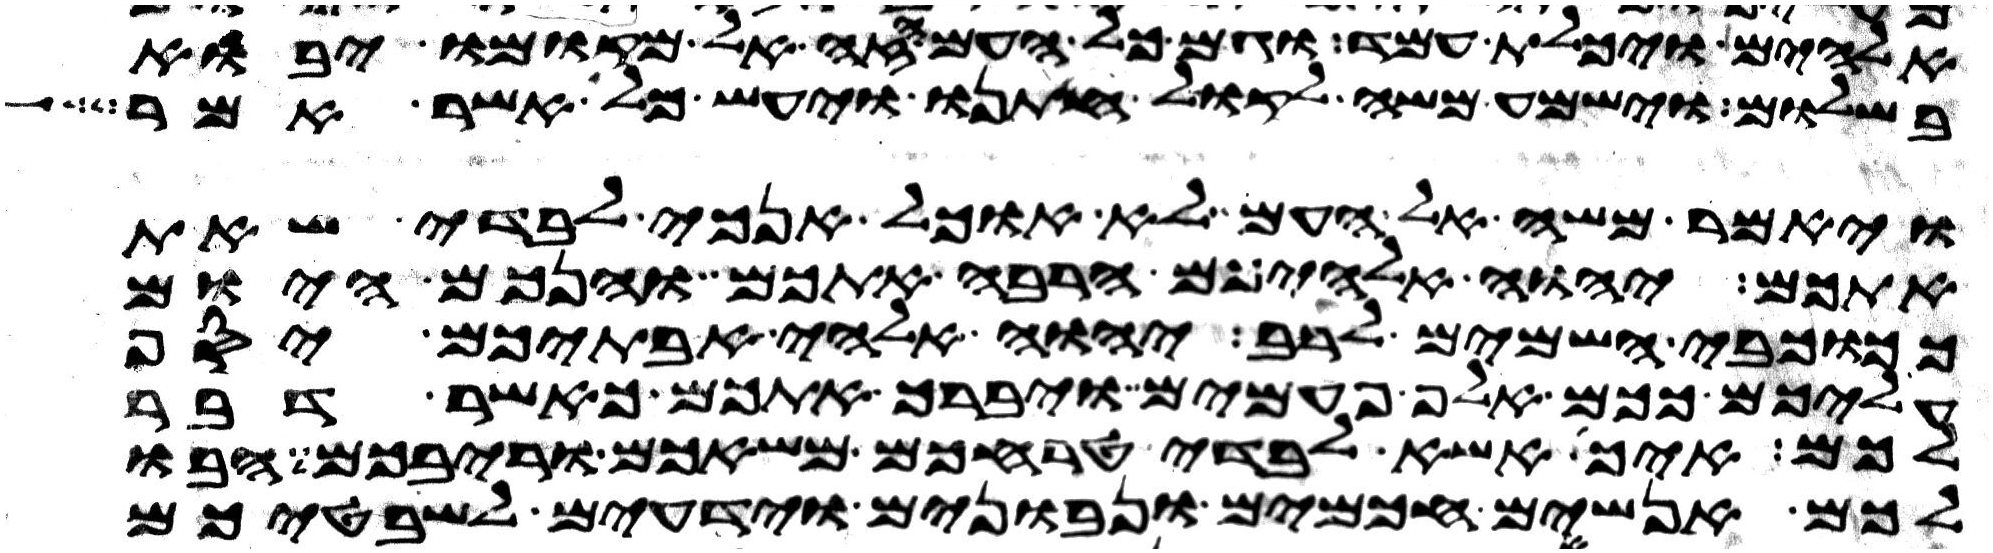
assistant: אלהים ויכלת עמד וגם כל העם הזה אל מקומו יבוא
בשלום וישמע משה לקול חתנו ויעש כל אשר אמר
ויאמר משה אל העם לא אוכל אנכי לבדי שאת
אתכם יהוה אלהיכם הרבה אתכם והנכם היום
ככוכבי השמים לרב יהוה אלהי אבתיכם יסף
עליכם ככם אלף פעמים ויברך אתכם כאשר דבר
לכם איך אשא לבדי טרחכם משאכם וריבכם הבו
לכם אנשים חכמים ונבונים וידעים לשבטיכם